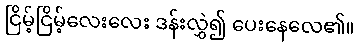
ငြိမ့်ငြိမ့်လေးလေး ဒန်းလွှဲ၍ ပေးနေလေ၏။